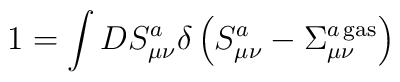
1=\int DS_{\mu\nu}^a\delta\left(S_{\mu\nu}^a-\Sigma_{\mu\nu}^{a{\,}{\rm gas}}\right)